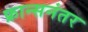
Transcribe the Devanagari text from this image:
फ्रान्सनंतर